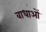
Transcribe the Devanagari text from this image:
वाधाओं